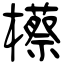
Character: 櫒